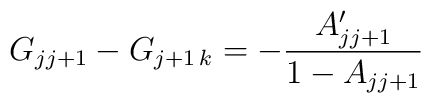
G_{jj+1}-G_{j+1\, k}=-{A\sp\prime_{j j+1}\over 1-A_{j j+1}}